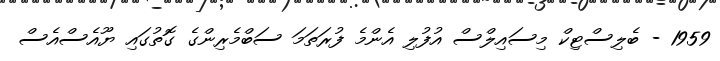
1959 - ބެލިސްޓިކް މިސައިލްސް އުފުލި އެންމެ ފުރަތަމަ ސަބްމެރިންގެ ގޮތުގައި ޔޫއެސްއެސް